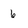
Character: 6